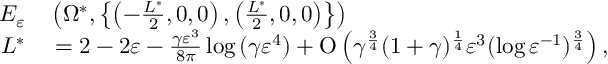
\begin{array} { r l } { E _ { \varepsilon } } & { { } \left( \Omega ^ { \ast } , \left\{ \left( - \frac { L ^ { \ast } } { 2 } , 0 , 0 \right) , \left( \frac { L ^ { \ast } } { 2 } , 0 , 0 \right) \right\} \right) } \\ { L ^ { \ast } } & { { } = 2 - 2 \varepsilon - \frac { \gamma \varepsilon ^ { 3 } } { 8 \pi } \log { ( \gamma \varepsilon ^ { 4 } ) } + \ensuremath { \operatorname { O } \left( \gamma ^ { \frac { 3 } { 4 } } ( 1 + \gamma ) ^ { \frac { 1 } { 4 } } \varepsilon ^ { 3 } ( \log { \varepsilon ^ { - 1 } } ) ^ { \frac { 3 } { 4 } } \right) } , } \end{array}